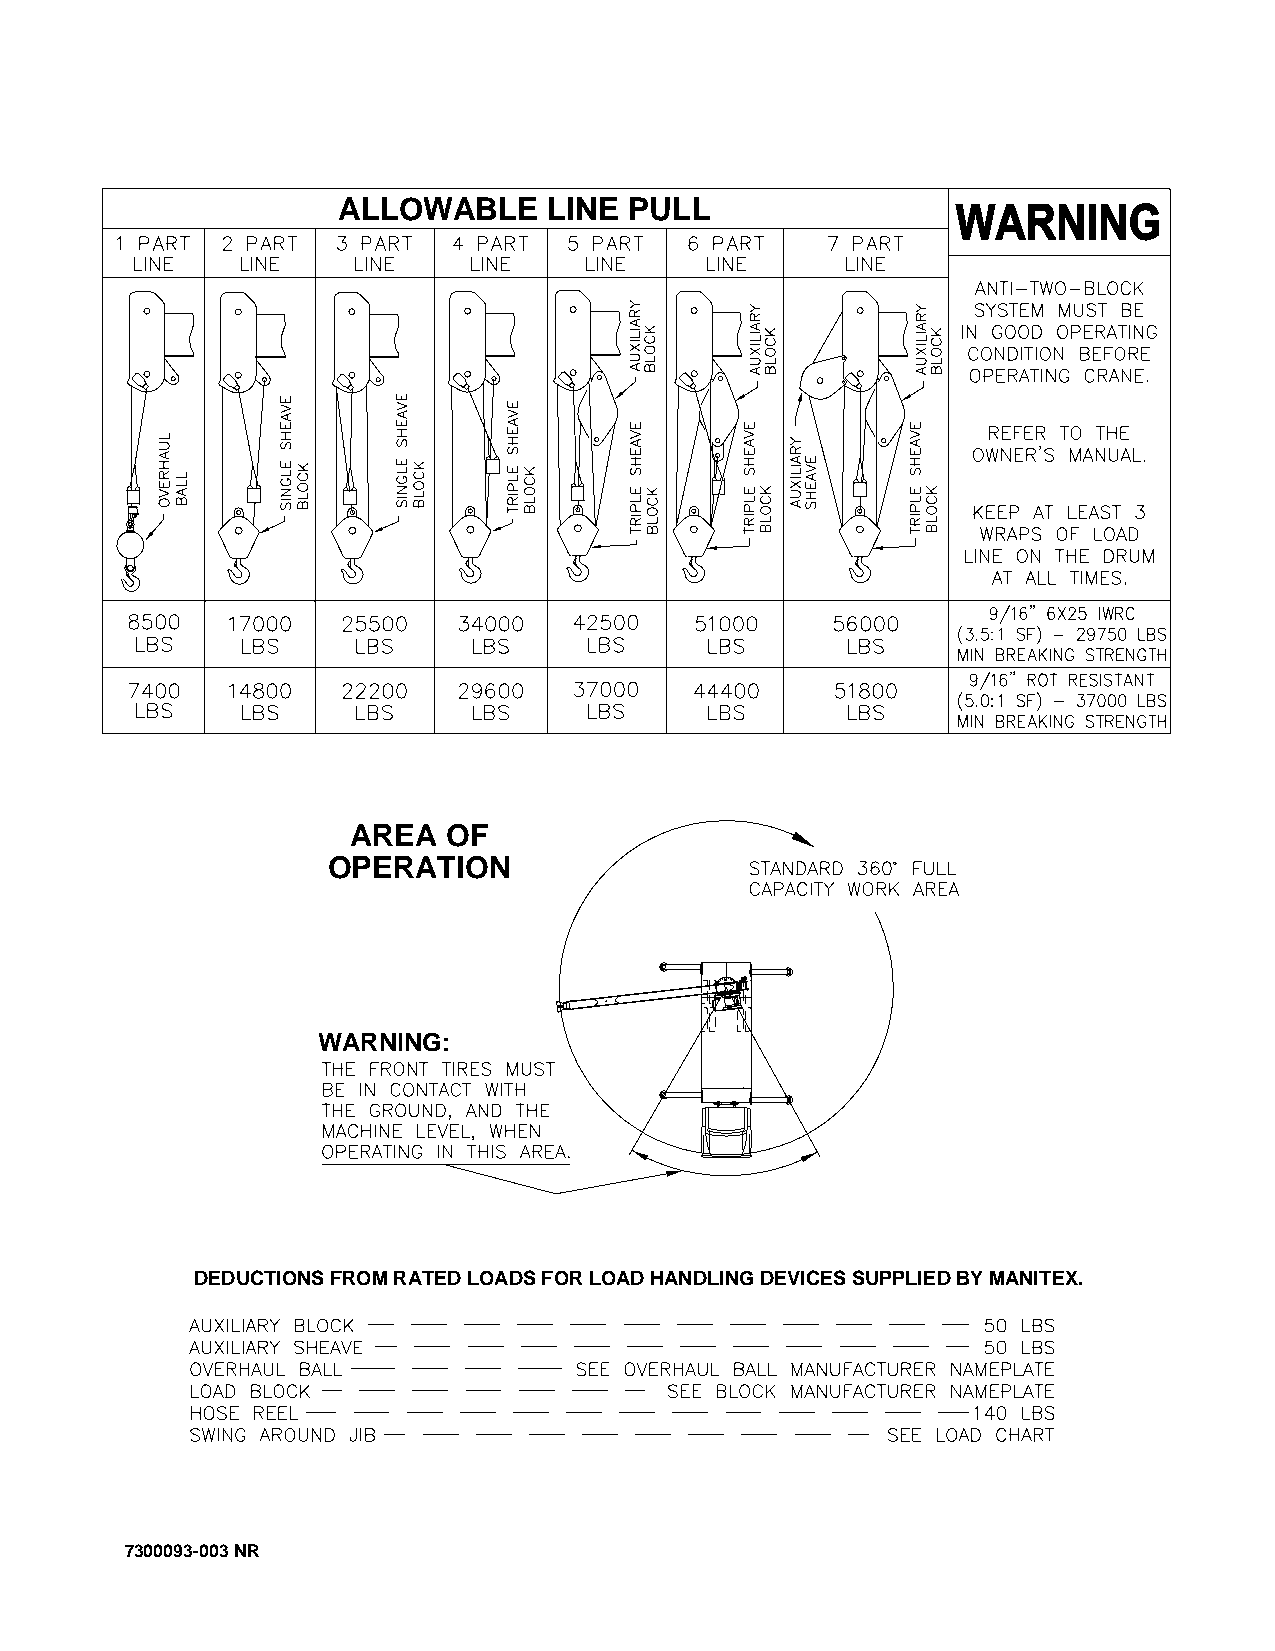
ALLOWABLE     LINE  PULL
 AREA   OF
 OPERATION
 WARNING:
 DEDUCTIONS FROM RATED LOADS FOR LOAD HANDLING DEVICES SUPPLIED BY MANITEX.
 7300093-003 NR